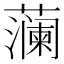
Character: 𮶹